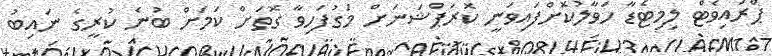
ޕްރައިވެޓް ލިމިޓެޑާ ހަވާލުކޮށްފައިވަނީ ކޮރަޕްޝަނަށް މަގުފަހިވާ ގޮތަށް ކަމަށް ބުނެ ކުރީގެ ނައިބު